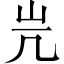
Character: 𡵂